Sanitation, dispensaries and jails vaccination Rajputana 1922-1927 - 1922-1927
Year: 1922
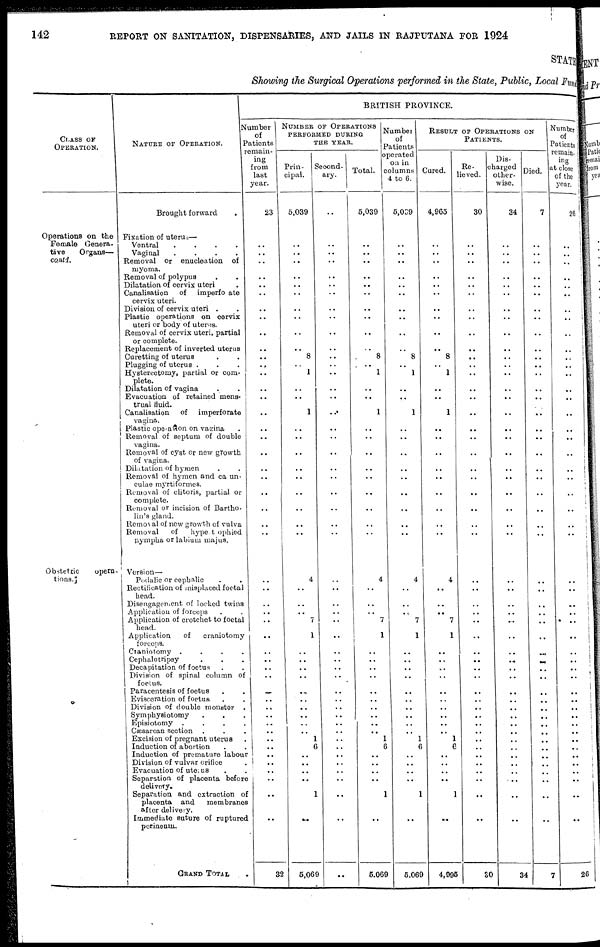
142
REPORT ON SANITATION, DISPENSARIES, AND JAILS IN RAJPUTANA FOR 1924
STATE
Showing the Surgical Operations performed in the State, Public, Local Fund
CLASS OF
OPERATION.
Operations on the
Female Genera-
tive
Organs—
contd.
Obstetric
opera-
tions.
NATURE OF OPERATION.
Brought forward
Fixation of uterus—
Ventral
....
Vaginal
....
Removal or enucleation
of
myoma.
Removal of polypus ..
Dilatation of cervix uteri .
Canalisation
of
imperfo ate
cervix uteri.
Division of cervix uteri ..
Plastic operations on cervix
uteri or body of uterus.
Removal of cervix uteri, partial
or complete.
Replacement of inverted uterus
Curetting of uterus ..
Plugging of uterus ...
Hysterectomy, partial or com-
plete.
Dilatation of vagina ..
Evacuation of retained mens-
trual fiuid.
Canalisation
of
imperforate
vagina.
Plastic operation on vagina .
Removal of septum of double
vagina.
Removal of cyst or new growth
of vagina.
Dilatation of hymen ..
Removal of hymen and ca un-
culae myrtiformes.
Removal of clitoris, partial or
complete.
Removal or incision of Bartho-
lin's gland.
Removal of new growth of vulva
Removal
of
hype t ophied
nympha or labium majus.
Version—
Podalic or cephalic ..
Rectification of misplaced foetal
head.
Disengagement of locked twins
Application of forceps ..
Application of crotchet to foetal
head.
Application of craniotomy
forceps
Cianiotomy .
.
.
.
Cephalotripsy ...
Decapitation of foetus ..
Division of spinal column of
foetus.
Paracentesis of foetus
.
.
Evisceration of foetus
.
.
Division of double monster
.
Symphysiotomy
.
.
.
Episiotomy
.
.
.
.
Cœsarcan section ...
Excision of pregnant uterus .
Induction of abortion ..
Induction of premature labour
Division of vulvar orifice
.
Evacuation of uteus ..
Separation of placenta before
delivery.
Separation and cxtraction of
placenta and
membranes
after delivery.
Immediate suture of ruptured
pcrineum.
GRAND
TOTAL .
BRITISH PROVINCE.
Number
of
Patients
reman-
-ng
from
last
year.
23
..
..
..
..
..
..
..
..
..
..
..
..
..
..
..
..
..
..
..
..
..
..
..
..
..
..
..
..
.. ..
..
..
..
..
..
..
..
..
..
..
..
..
..
..
..
..
..
..
..
32
NUMBER OF OPERATIONS
PERFORMED DURING
THE YEAR.
Prin-
cipal.
5,039
..
..
..
..
..
..
..
..
..
..
8
..
1
..
..
1
..
..
..
..
..
..
..
..
..
4
..
..
..
7
1
..
..
..
..
..
..
..
..
..
..
1
6
..
..
..
..
1
..
5,069
second-
ary.
..
..
..
..
..
..
..
..
..
..
..
..
..
..
..
..
..
..
..
..
..
..
..
..
..
..
..
..
..
..
..
..
..
..
..
..
..
..
..
..
..
..
..
..
..
..
..
..
..
..
..
Total.
5,039
..
..
..
..
..
..
..
..
..
..
8
..
1
..
..
1
..
..
..
..
..
..
..
..
..
4
..
..
..
7
1
..
..
..
..
..
..
..
..
..
..
1
6
..
..
..
..
1
..
5,069
Number
of
Patients
operated
on in
columns
4 to 6.
5,039
..
..
..
..
..
..
..
..
..
..
8
..
1
..
..
1
..
..
..
..
..
..
..
..
..
4
..
..
.. 7
1
..
..
..
..
..
..
..
..
..
..
1
6
..
..
..
..
1
..
5,069
RESULT OF OPERATIONS ON
PATIENTS.
Cured.
4,965
..
..
..
..
..
..
..
..
..
..
8
..
1
..
..
1
..
..
..
..
..
..
..
..
..
4
..
..
.. 7
1
.. ..
..
..
..
..
..
..
..
..
1
6
..
..
..
..
1
..
4,995
Re-
lieved.
30
..
..
..
..
..
..
..
..
..
..
..
..
..
..
..
..
..
..
..
..
..
..
..
..
..
..
..
..
..
..
..
..
..
..
..
..
..
..
..
..
..
..
..
..
..
..
..
..
..
30
Dis-
charged
other-
wise.
34
..
..
..
..
..
..
..
..
..
..
..
..
..
..
..
..
..
..
..
..
..
..
..
..
..
..
..
..
.. ..
..
..
..
..
..
..
..
..
..
.. ..
..
..
..
..
..
..
..
..
34
Died.
7
..
..
..
..
..
..
..
..
..
..
..
..
..
..
..
..
..
..
..
..
..
..
..
..
..
..
..
..
..
..
..
..
..
..
..
..
..
..
..
..
..
..
..
..
..
..
..
..
..
7
Number
of
Patients
remain-
ing
at close
of the
year.
26
..
..
..
..
..
..
..
..
..
..
..
..
..
..
..
..
..
..
..
..
..
..
..
..
..
..
..
..
..
..
..
..
..
..
..
..
..
..
..
..
..
..
..
..
..
..
..
..
..
26